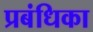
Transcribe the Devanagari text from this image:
प्रबंधिका